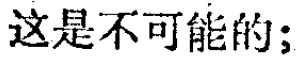
这是不可能的；